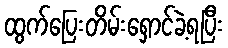
ထွက်ပြေးတိမ်းရှောင်ခဲ့ရပြီး